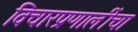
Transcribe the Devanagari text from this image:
विचारप्रणालींचा